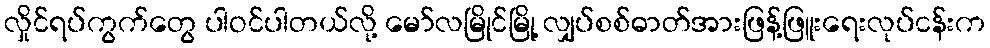
လှိုင်ရပ်ကွက်တွေ ပါဝင်ပါတယ်လို့ မော်လမြိုင်မြို့ လျှပ်စစ်ဓာတ်အားဖြန့်ဖြူးရေးလုပ်ငန်းက